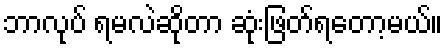
ဘာလုပ် ရမလဲဆိုတာ ဆုံးဖြတ်ရတော့မယ်။